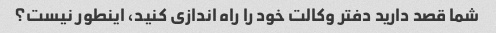
شما قصد دارید دفتر وکالت خود را راه اندازی کنید، اینطور نیست؟